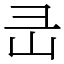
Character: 㞪